Burma Government Medical School reports 1907-22
Year: 1907
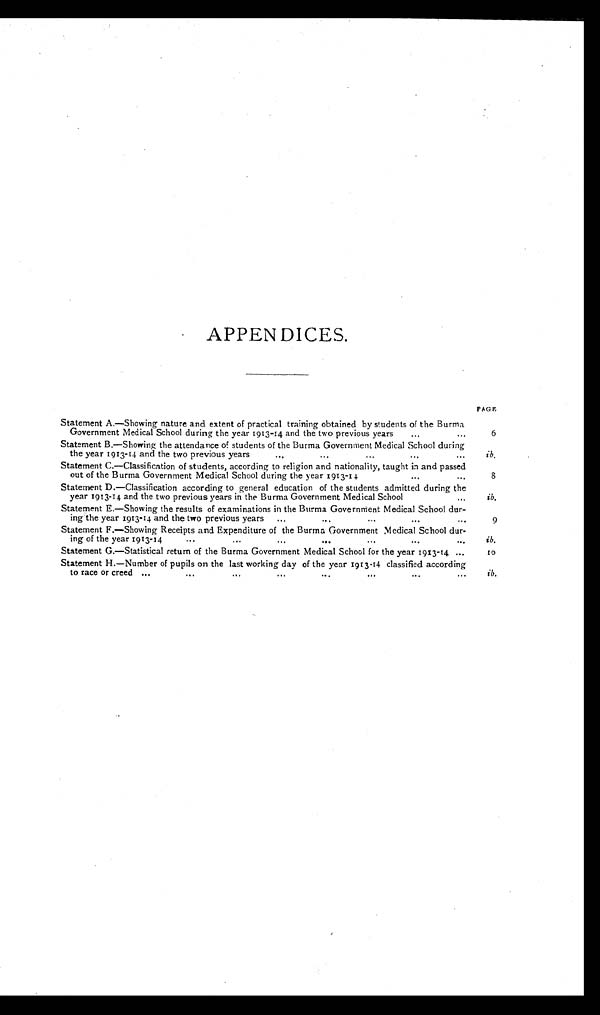
APPENDICES.
PAGE
Statement A.—Showing nature and extent of practical training obtained by students of the Burma
Government Medical School during the year 1913-14 and the two previous years
...
...
6
Statement B.—Showing the attendance of students of the Burma Government Medical School during
the year 1913-14 and the two previous years
. . . . . .
. . . . . .
. . . i b.
Statement C.—Classification of students, according to religion and nationality, taught in and passed
out of the Burma Government Medical School during the year 1913-14
...
...
8
Statement D.—Classification according to general education of the students admitted during the
year 1913-14 and the two previous years in the Burma Government Medical School
...
ib.
Statement E.—Showing the results of examinations in the Burma Government Medical School dur-
ing the year 1913-14 and the two previous years ... ...
... ... ...
9
Statement F.—Showing Receipts and Expenditure of the Burma Government Medical School dur-
ing of the year 1913-14
...
...
...
...
...
...
...
ib.
Statement G.—Statistical return of the Burma Government Medical School for the year 1913-14 ...
1 0
Statement H.—Number of pupils on the last working day of the year 1913-14 classified according
to race or creed ...
...
...
...
...
...
... ...
ib.